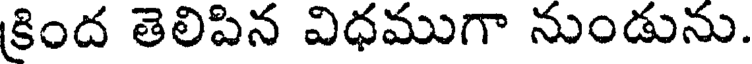
క్రింద తెలిపిన విధముగా నుండును.